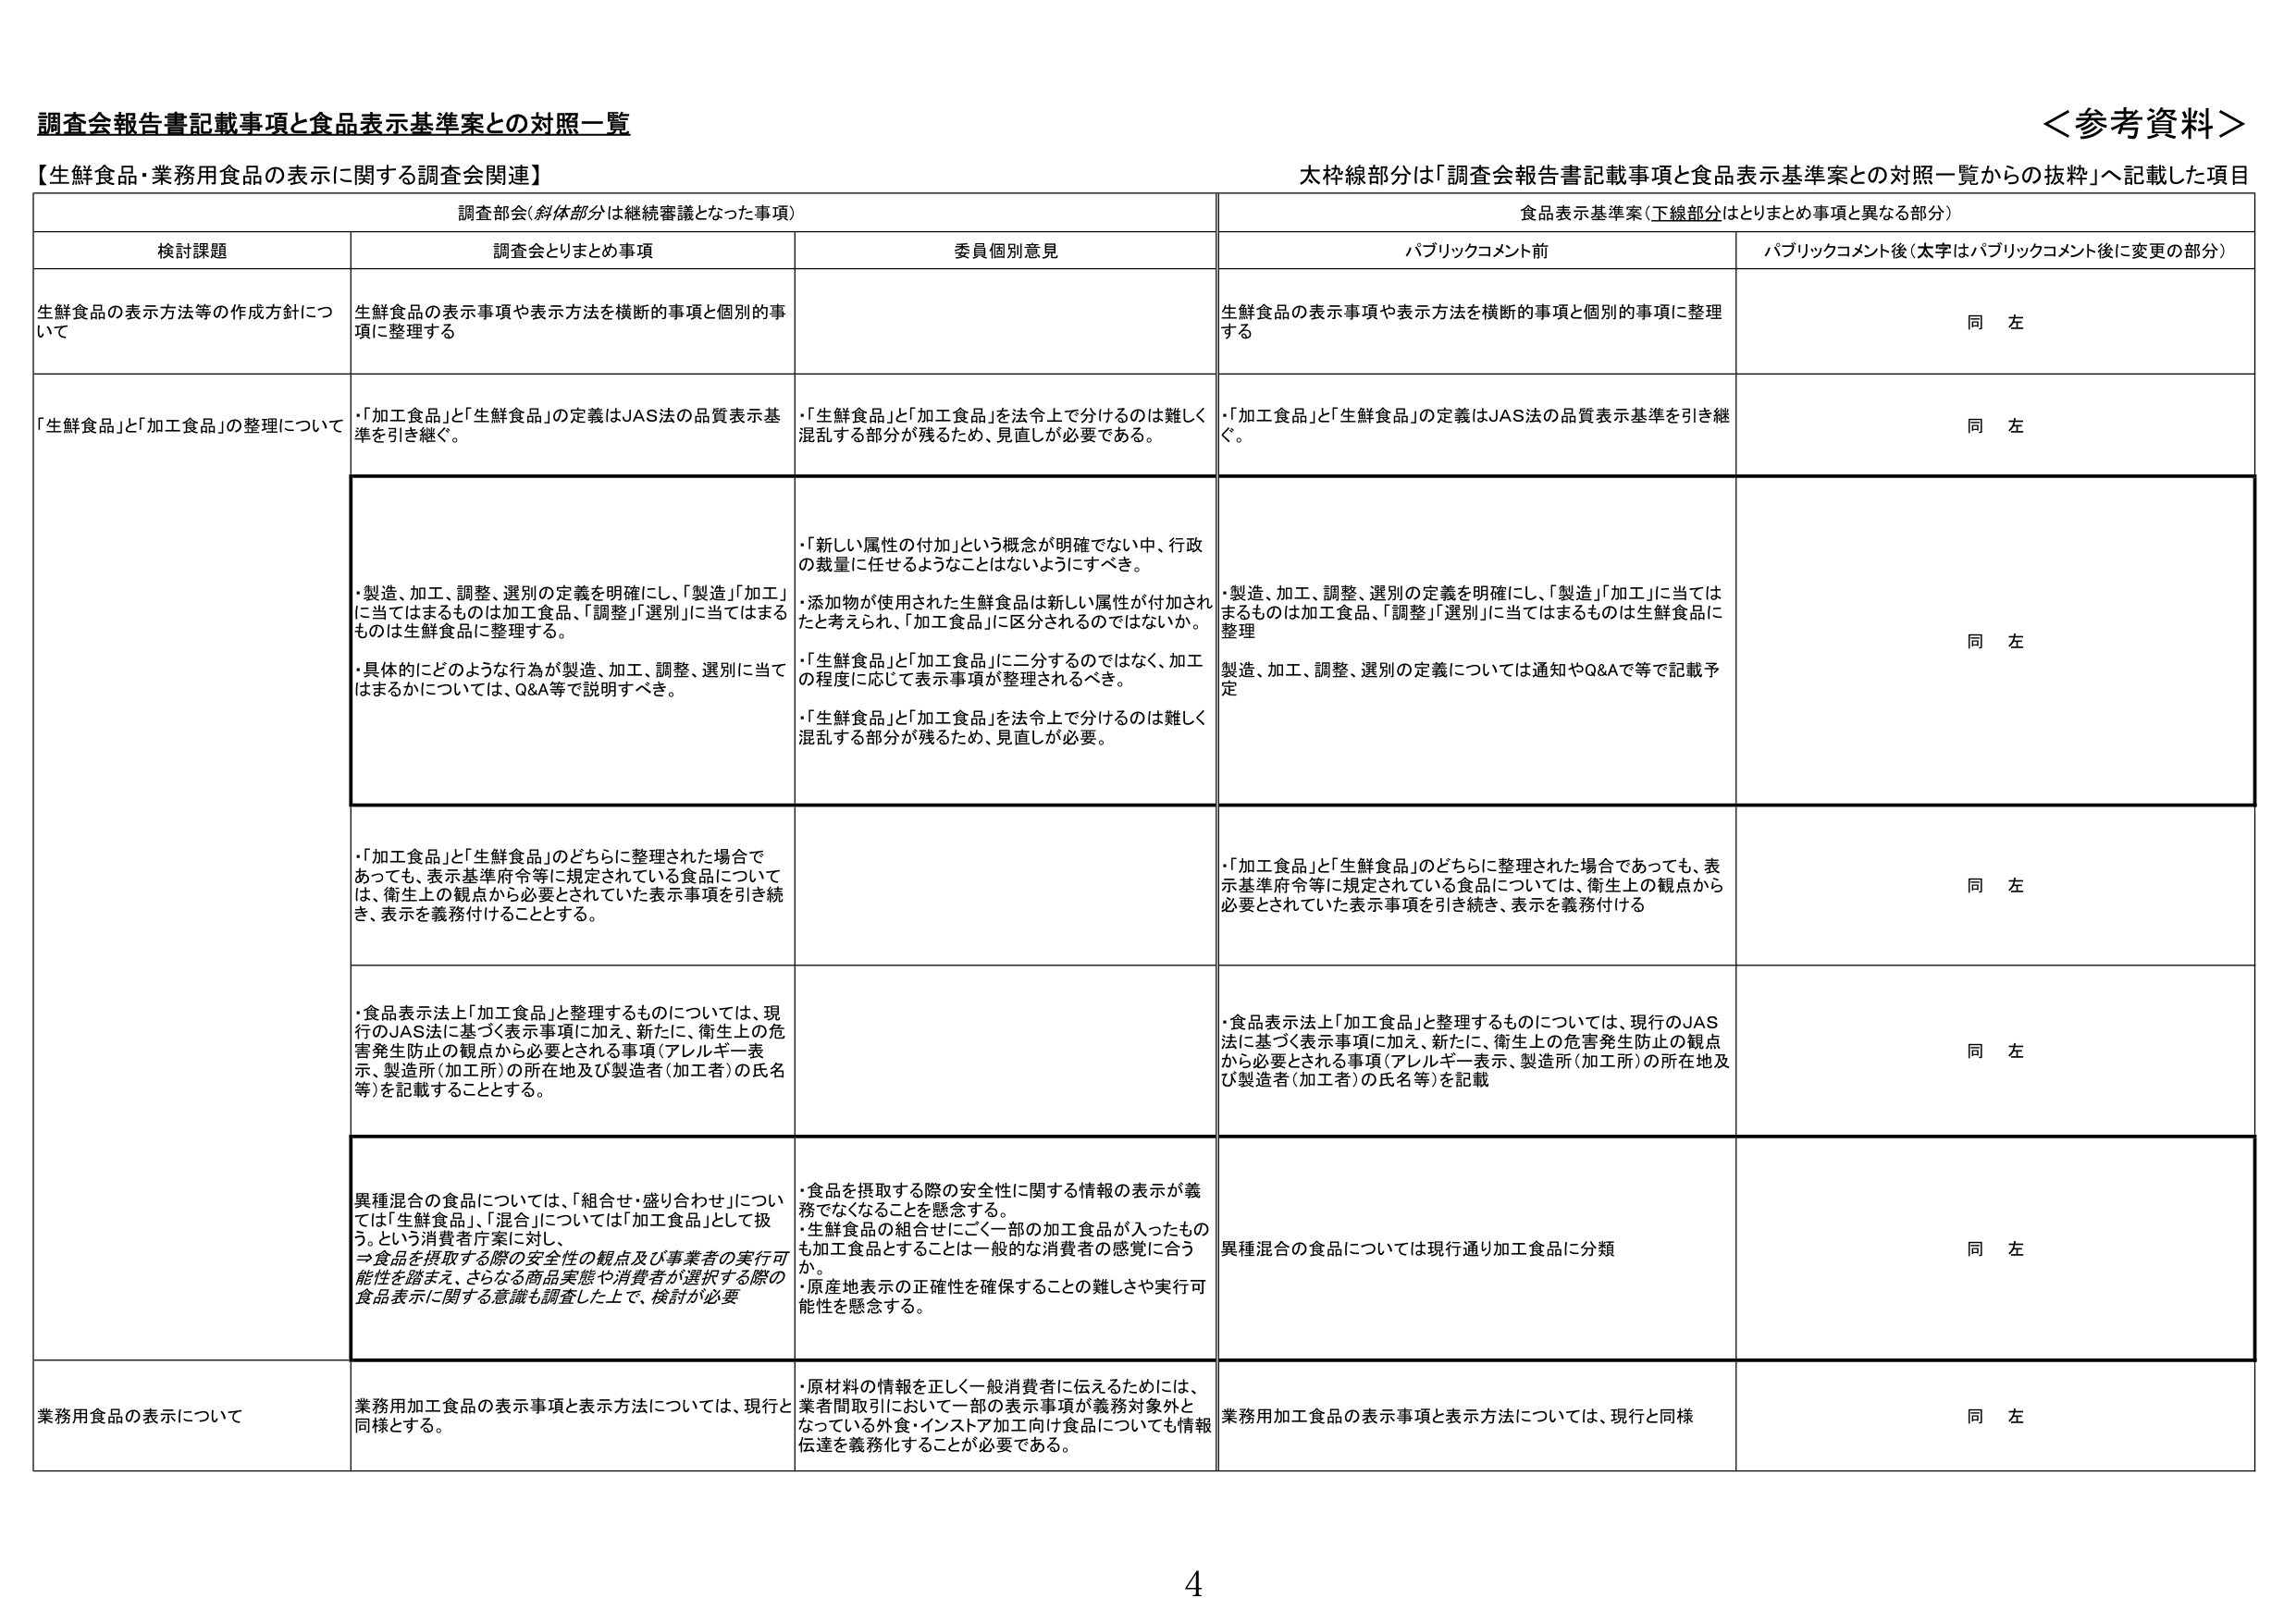
調査会報告書記載事項と食品表示基準案との対照一覧
＜参考資料＞

【生鮮食品・業務用食品の表示に関する調査会関連】
太枠線部分は「調査会報告書記載事項と食品表示基準案との対照一覧からの抜粋」へ記載した項目

調査部会（斜体部分は継続審議となった事項）
食品表示基準案（下線部分はとりまとめ事項と異なる部分）

検討課題
調査会とりまとめ事項
委員個別意見
パブリックコメント前
パブリックコメント後（太字はパブリックコメント後に変更の部分）

生鮮食品の表示方法等の作成方針について
生鮮食品の表示事項や表示方法を横断的事項と個別的事項に整理する
生鮮食品の表示事項や表示方法を横断的事項と個別的事項に整理する
同 左

「生鮮食品」と「加工食品」の整理について
・「加工食品」と「生鮮食品」の定義はJAS法の品質表示基準を引き継ぐ。
・「生鮮食品」と「加工食品」を法令上で分けるのは難しく混乱する部分が残るため、見直しが必要である。
・「加工食品」と「生鮮食品」の定義はJAS法の品質表示基準を引き継ぐ。
同 左

・製造、加工、調整、選別の定義を明確にし、「製造」「加工」に当てはまるものは加工食品、「調整」「選別」に当てはまるものは生鮮食品に整理する。
・具体的にどのような行為が製造、加工、調整、選別に当てはまるかについては、Q&A等で説明すべき。
・「新しい属性の付加」という概念が明確でない中、行政の裁量に任せるようなことはないようにすべき。
・添加物が使用された生鮮食品は新しい属性が付加されたと考えられ、「加工食品」に区分されるのではないか。
・「生鮮食品」と「加工食品」に二分するのではなく、加工の程度に応じて表示事項が整理されるべき。
・「生鮮食品」と「加工食品」を法令上で分けるのは難しく混乱する部分が残るため、見直しが必要。
・製造、加工、調整、選別の定義を明確にし、「製造」「加工」に当てはまるものは加工食品、「調整」「選別」に当てはまるものは生鮮食品に整理
製造、加工、調整、選別の定義については通知やQ&Aで等で記載予定
同 左

・「加工食品」と「生鮮食品」のどちらに整理された場合であっても、表示基準府令等に規定されている食品については、衛生上の観点から必要とされていた表示事項を引き続き、表示を義務付けることとする。
・「加工食品」と「生鮮食品」のどちらに整理された場合であっても、表示基準府令等に規定されている食品については、衛生上の観点から必要とされていた表示事項を引き続き、表示を義務付ける
同 左

・食品表示法上「加工食品」と整理するものについては、現行のJAS法に基づく表示事項に加え、新たに、衛生上の危害発生防止の観点から必要とされる事項（アレルギー表示、製造所（加工所）の所在地及び製造者（加工者）の氏名等）を記載することとする。
・食品表示法上「加工食品」と整理するものについては、現行のJAS法に基づく表示事項に加え、新たに、衛生上の危害発生防止の観点から必要とされる事項（アレルギー表示、製造所（加工所）の所在地及び製造者（加工者）の氏名等）を記載
同 左

異種混合の食品については、「組合せ・盛り合わせ」については「生鮮食品」、「混合」については「加工食品」として扱う。という消費者庁案に対し、
⇒食品を摂取する際の安全性の観点及び事業者の実行可能性を踏まえ、さらなる商品実態や消費者が選択する際の食品表示に関する意識も調査した上で、検討が必要
・食品を摂取する際の安全性に関する情報の表示が義務でなくなることを懸念する。
・生鮮食品の組合せにごく一部の加工食品が入ったものも加工食品とすることは一般的な消費者の感覚に合うか。
・原産地表示の正確性を確保することの難しさや実行可能性を懸念する。
異種混合の食品については現行通り加工食品に分類
同 左

業務用食品の表示について
業務用加工食品の表示事項と表示方法については、現行と同様とする。
・原材料の情報を正しく一般消費者に伝えるためには、業者間取引において一部の表示事項が義務対象外となっている外食・インストア加工向け食品についても情報伝達を義務化することが必要である。
業務用加工食品の表示事項と表示方法については、現行と同様
同 左

4